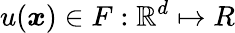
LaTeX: u(\boldsymbol{x})\in F:\mathbb{R}^{d}\mapsto R